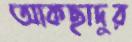
আকছাদুর